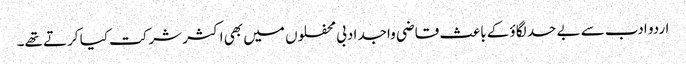
اردو ادب سے بے حد لگاؤ کے باعث قاضی واجد ادبی محفلوں میں بھی اکثر شرکت کیا کرتے تھے۔